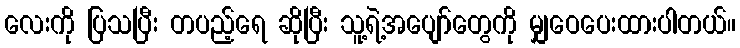
လေးကို ပြသပြီး တပည့်ရေ ဆိုပြီး သူ့ရဲ့အပျော်တွေကို မျှဝေပေးထားပါတယ်။